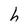
Character: h